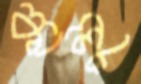
কালু